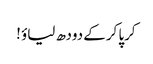
کرپا کرکے دودھ لیاؤ !